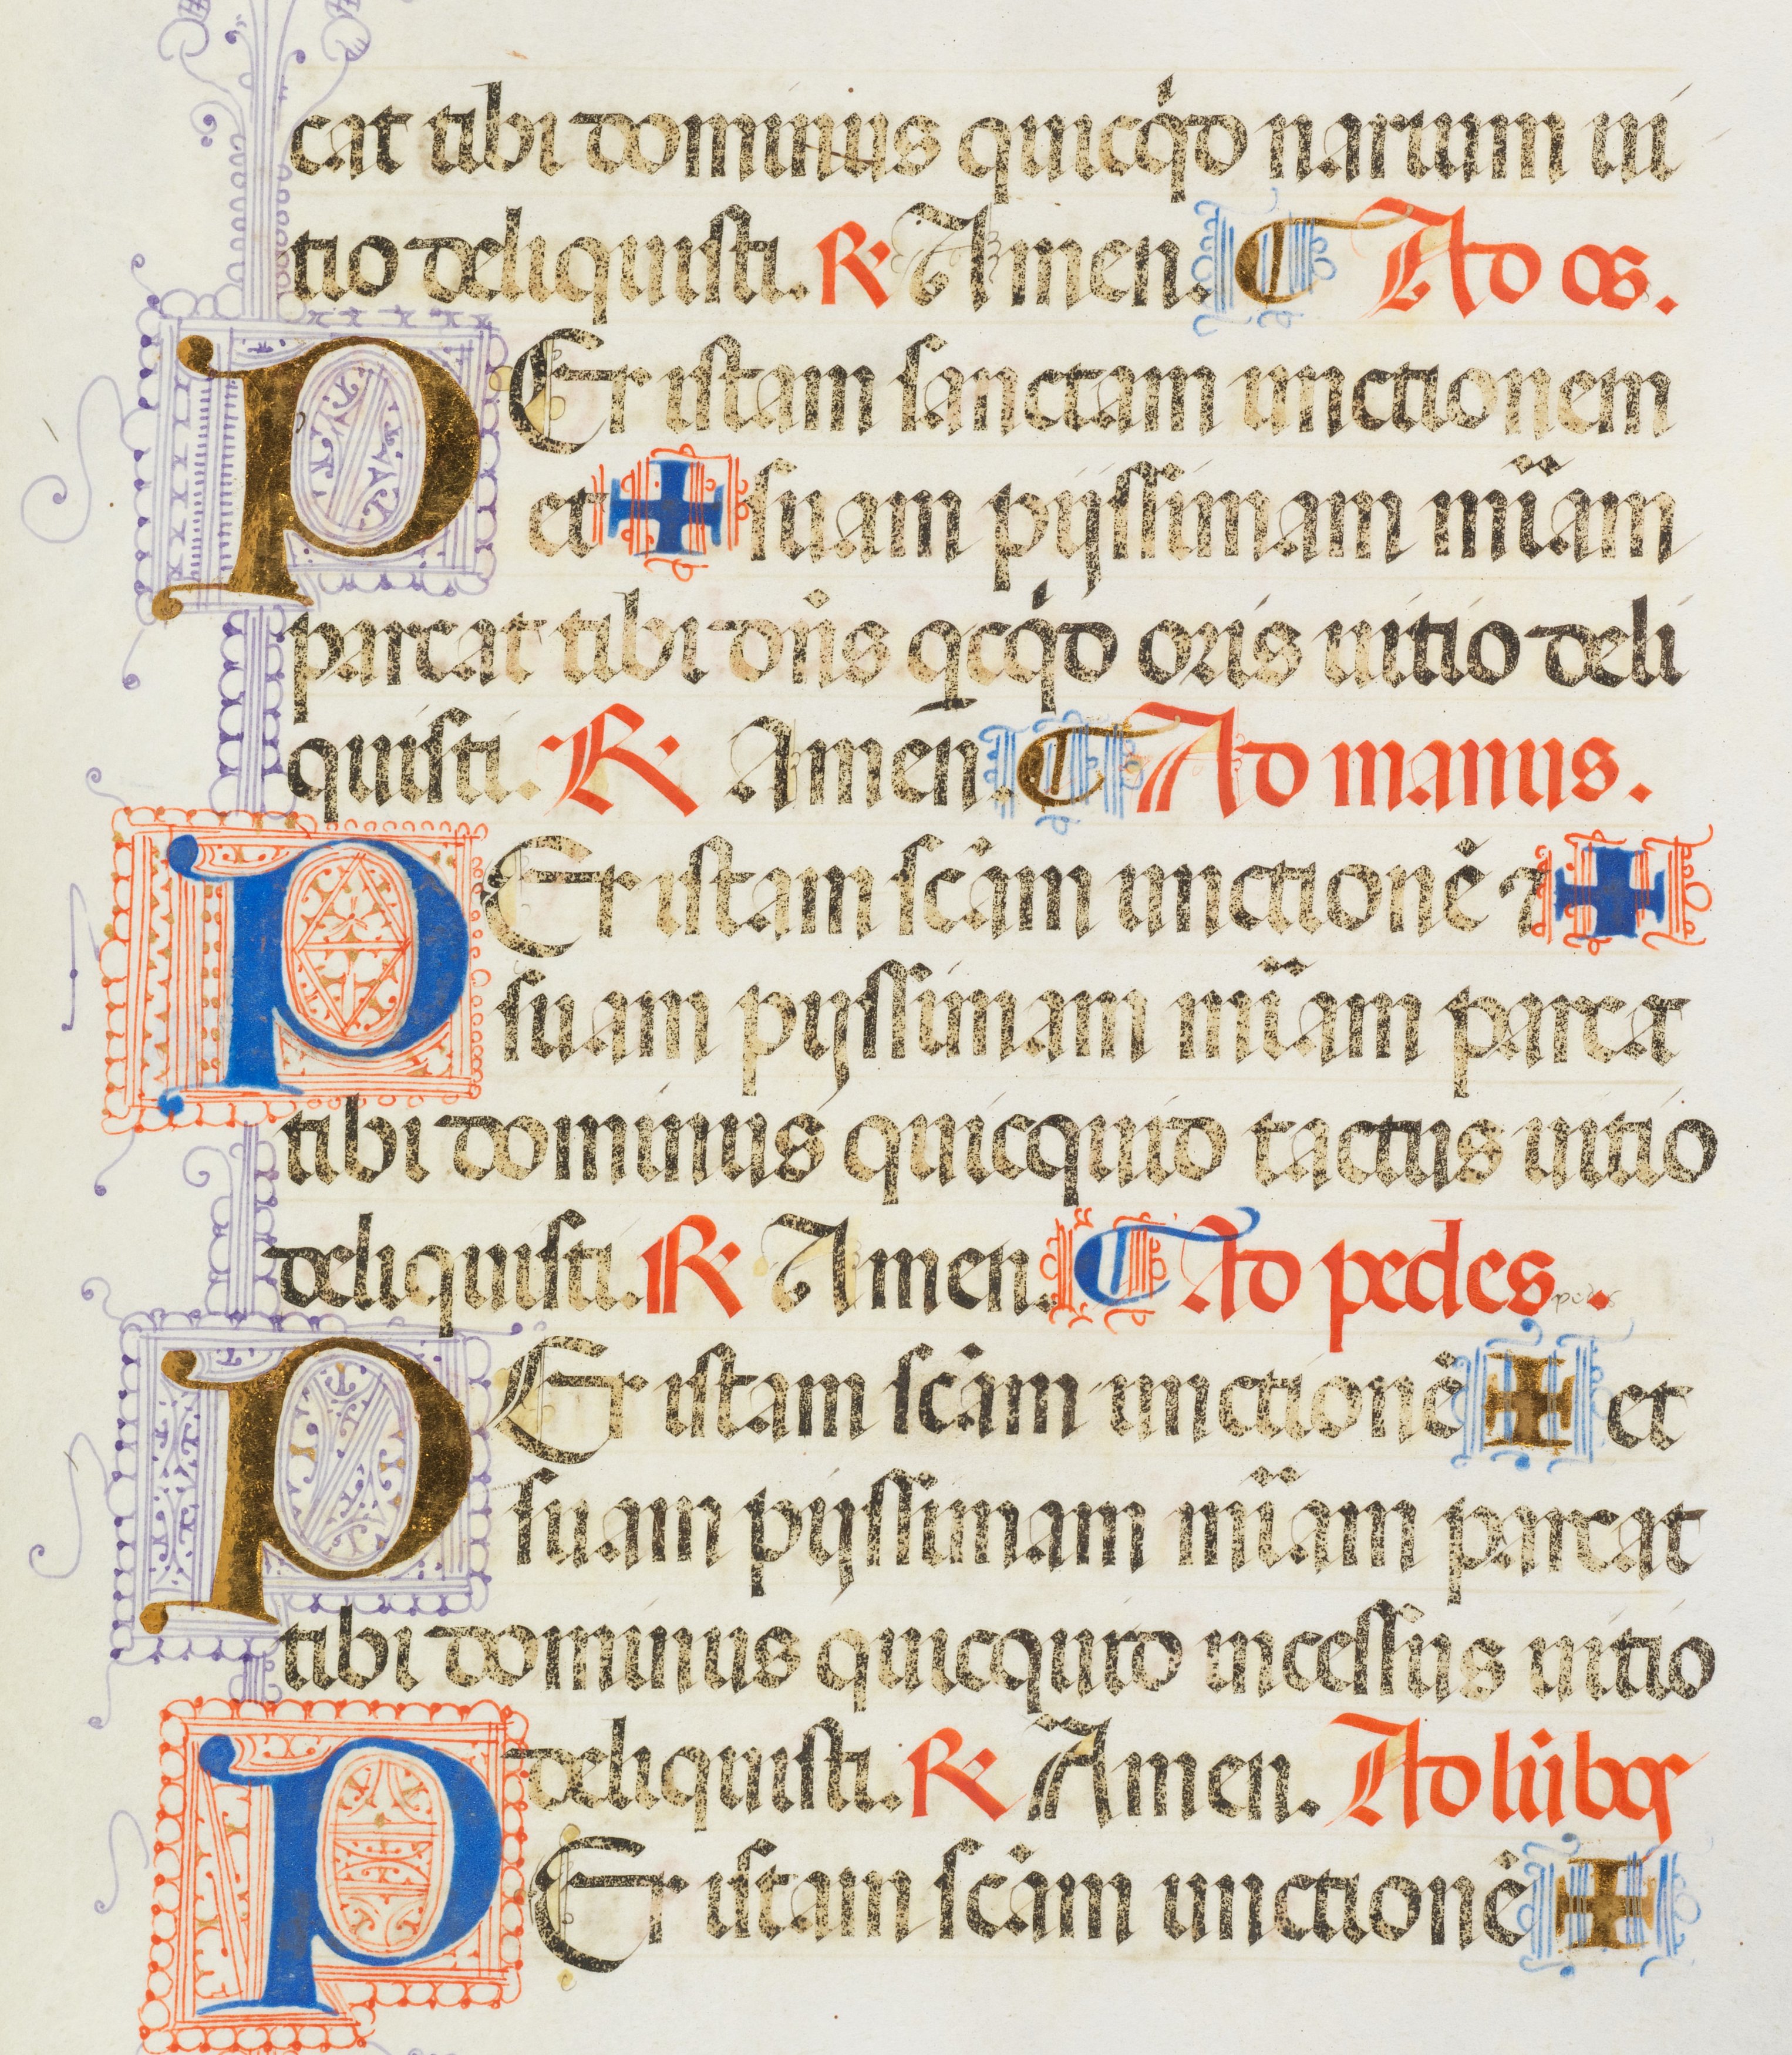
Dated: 1455–1599